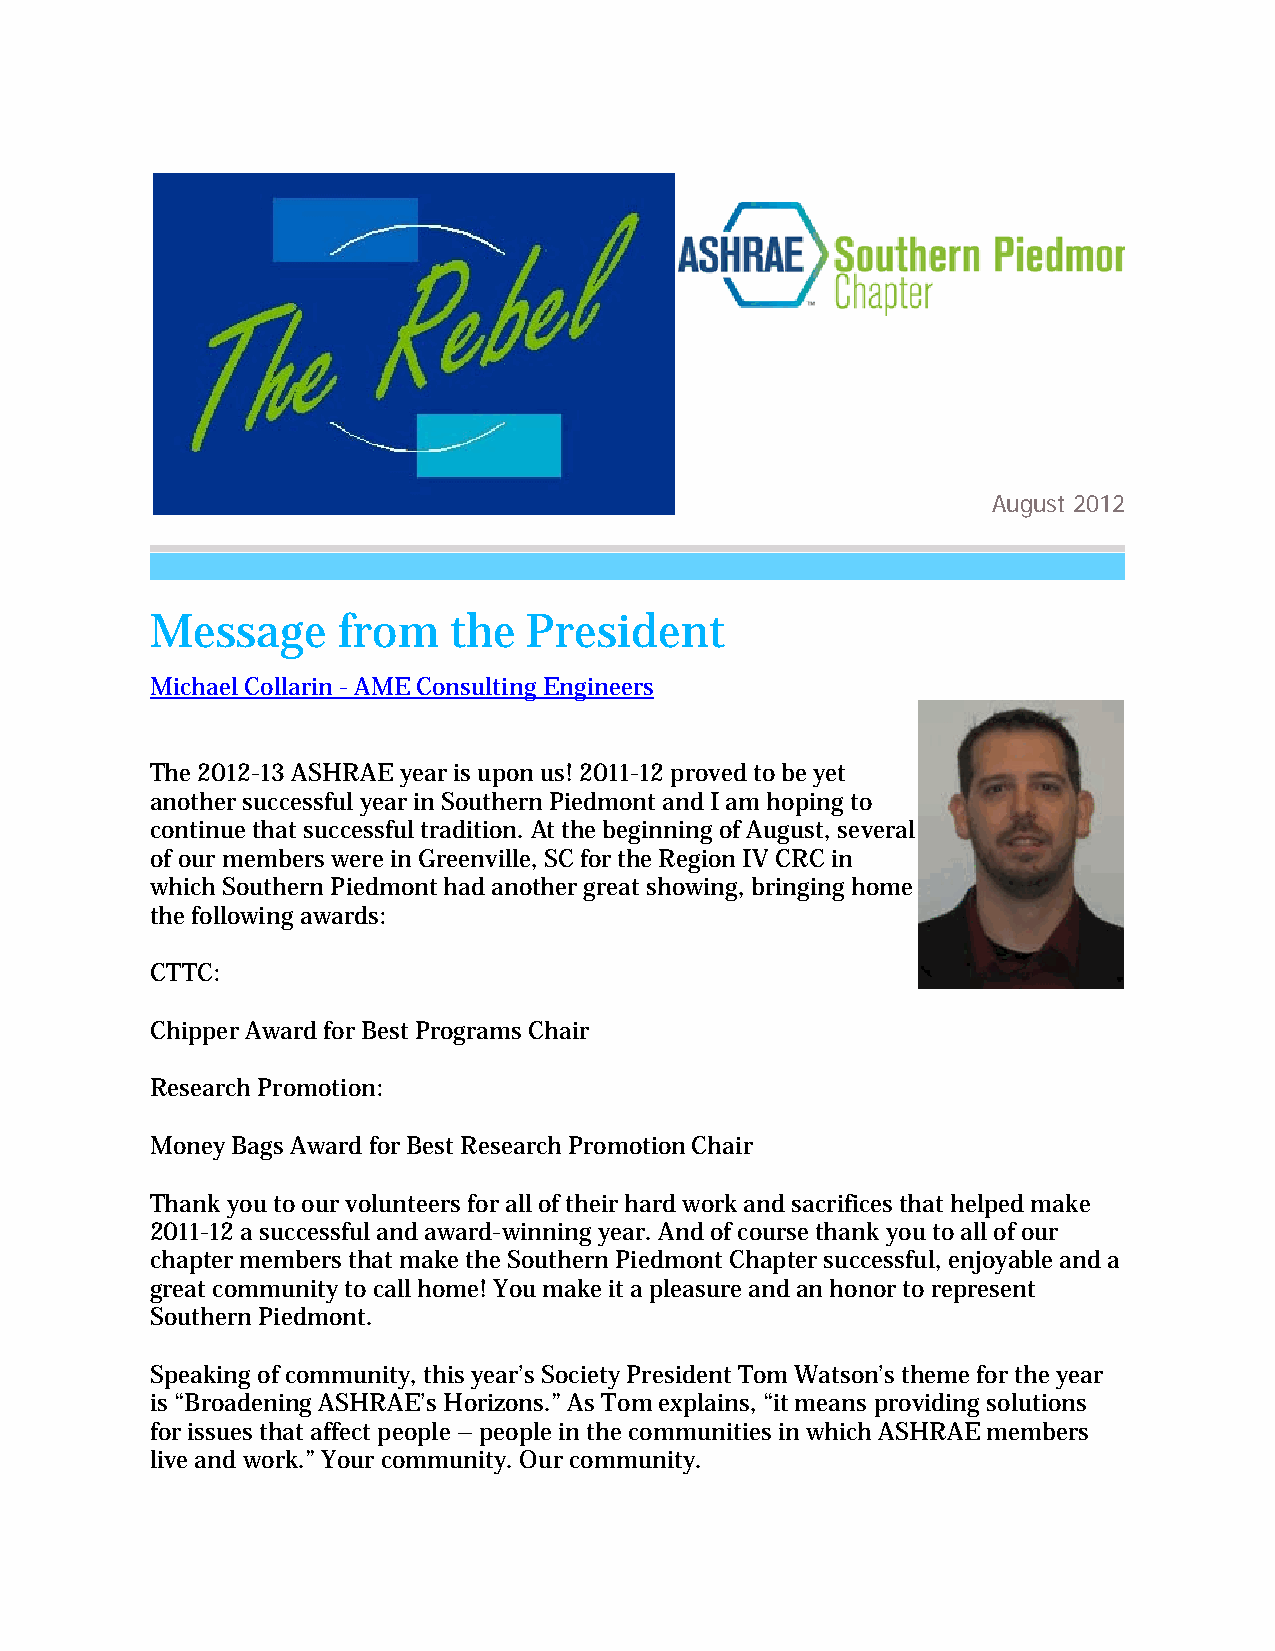
August 2012
 Message     from    the  President
 Michael Collarin - AME Consulting Engineers
 The 2012-13 ASHRAE year is upon us! 2011-12 proved to be yet
 another successful year in Southern Piedmont and I am hoping to
 continue that successful tradition. At the beginning of August, several
 of our members were in Greenville, SC for the Region IV CRC in
 which Southern Piedmont had another great showing, bringing home
 the following awards:
 CTTC:
 Chipper Award for Best Programs Chair
 Research Promotion:
 Money Bags Award for Best Research Promotion Chair
 Thank you to our volunteers for all of their hard work and sacrifices that helped make
 2011-12 a successful and award-winning year. And of course thank you to all of our
 chapter members that make the Southern Piedmont Chapter successful, enjoyable and a
 great community to call home! You make it a pleasure and an honor to represent
 Southern Piedmont.
 Speaking of community, this year’s Society President Tom Watson’s theme for the year
 is “Broadening ASHRAE’s Horizons.” As Tom explains, “it means providing solutions
 for issues that affect people – people in the communities in which ASHRAE members
 live and work.” Your community. Our community.